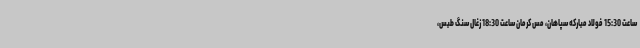
ساعت 15:30 فولاد مبارکه سپاهان، مس کرمان ساعت 18:30 زغال سنگ طبس،